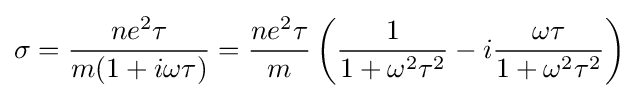
\sigma ={\frac {ne^{2}\tau }{m(1+i\omega \tau )}}={\frac {ne^{2}\tau }{m}}\left({\frac {1}{1+\omega ^{2}\tau ^{2}}}-i{\frac {\omega \tau }{1+\omega ^{2}\tau ^{2}}}\right)